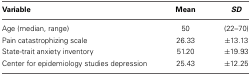
<table><thead><tr><td><b>Variable</b></td><td><b>Mean</b></td><td><b><i>SD</i></b></td></tr></thead><tbody><tr><td>Age (median, range)</td><td>50</td><td>(22–70)</td></tr><tr><td>Pain catastrophizing scale</td><td>26.33</td><td>±13.13</td></tr><tr><td>State-trait anxiety inventory</td><td>51.20</td><td>±19.93</td></tr><tr><td>Center for epidemiology studies depression</td><td>25.43</td><td>±12.25</td></tr></tbody></table>